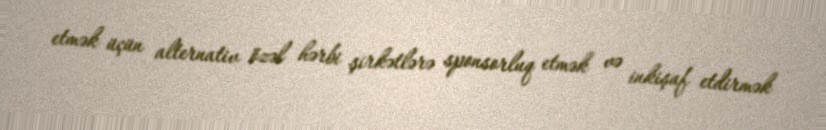
etmək üçün alternativ özəl hərbi şirkətlərə sponsorluq etmək və inkişaf etdirmək